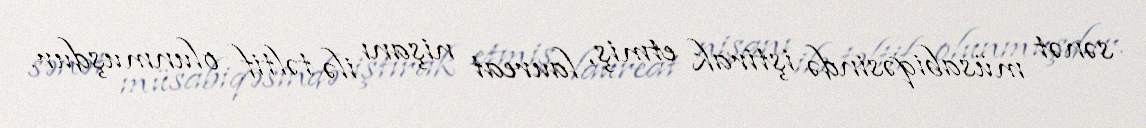
sənət müsabiqəsində iştirak etmiş, laureat nişanı ilə təltif olunmuşdur.